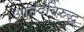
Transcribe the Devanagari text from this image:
आनंदविरुद्ध